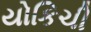
યોકિચી